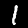
Digit: 1